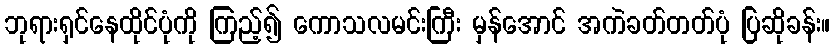
ဘုရားရှင်နေထိုင်ပုံကို ကြည့်၍ ကောသလမင်းကြီး မှန်အောင် အကဲခတ်တတ်ပုံ ပြဆိုခန်း။